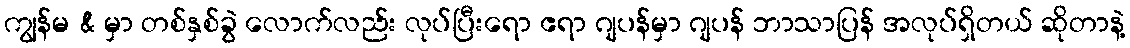
ကျွန်မ & မှာ တစ်နှစ်ခွဲ လောက်လည်း လုပ်ပြီးရော ဧရာ ဂျပန်မှာ ဂျပန် ဘာသာပြန် အလုပ်ရှိတယ် ဆိုတာနဲ့